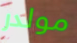
مولدر